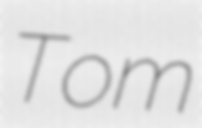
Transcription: Tom